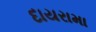
દાયરામા